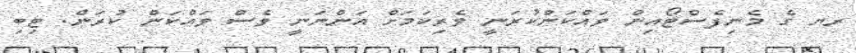
ރޔ ގެ މެނިފެސްޓޯއިން ވައްކަންކުރަނީ ވެރިކަމަށް އަންނަނީ ވެސް ވައްކަން ކުރަން. ޓިބި